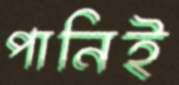
পানিই